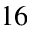
^ { 1 6 }